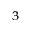
_ 3